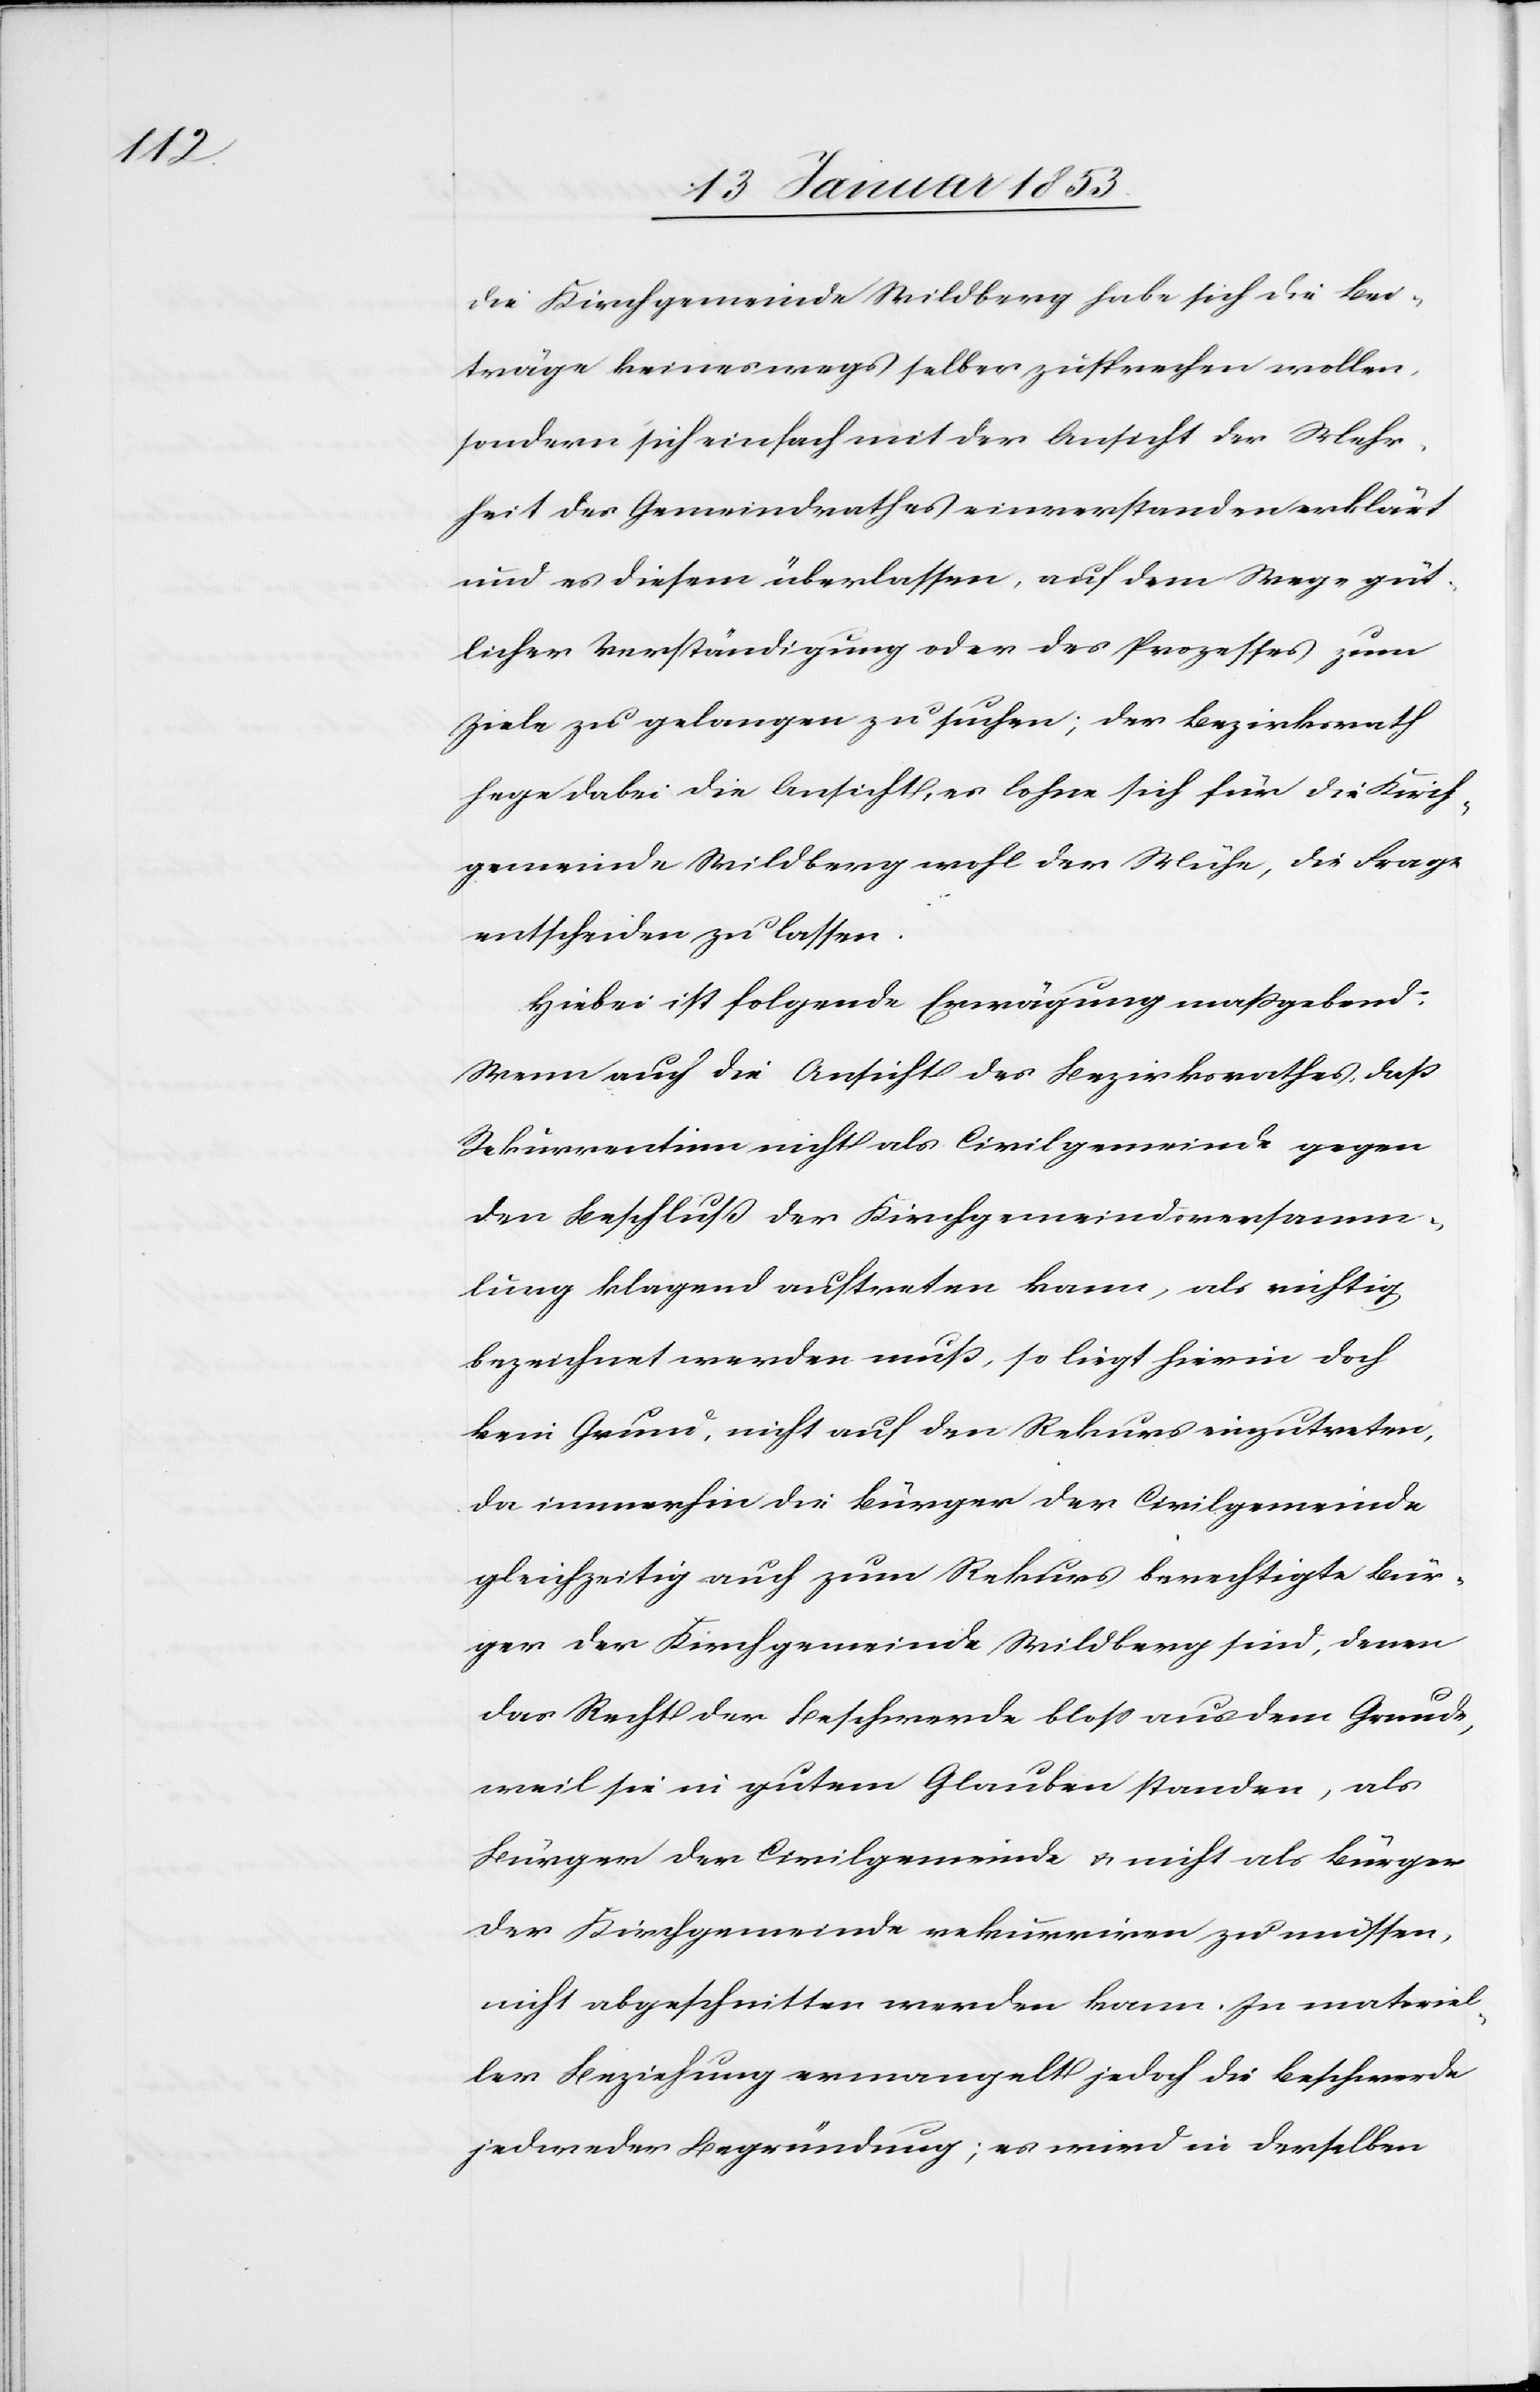
die Kirchgemeinde Wildberg habe sich die Bei¬
träge keineswegs selber zusprechen wollen,
sondern sich einfach mit der Ansicht der Mehr¬
heit des Gemeindrathes einverstanden erklärt
und es diesem überlassen, auf dem Wege güt¬
licher Verständigung oder des Prozesses zum
Ziele zu gelangen zu suchen; der Bezirksrath
hege dabei die Ansicht, es lohne sich für die Kirch¬
gemeinde Wildberg wohl der Mühe, die Frage
entscheiden zu lassen.
Hiebei ist folgende Erwägung maßgebend:
Wenn auch die Ansicht des Bezirksrathes, daß
Rekurrentinn nicht als Civilgemeinde gegen
den Beschluß der Kirchgemeindeversamm¬
lung klagend auftreten kann, als richtig
bezeichnet werden muß, so liegt hierin doch
kein Grund, nicht auf den Rekurs einzutreten,
da immerhin die Bürger der Civilgemeinde
gleichzeitig auch zum Rekurs berechtigte Bür¬
ger der Kirchgemeinde Wildberg sind, denen
das Recht der Beschwerde bloß aus dem Grunde,
weil sie in gutem Glauben standen, als
Bürger der Civilgemeinde u. nicht als Bürger
der Kirchgemeinde rekurriren zu müssen,
nicht abgeschnitten werden kann. In materiel¬
ler Beziehung ermangelt jedoch die Beschwerde
jedweder Begründung; es wird in derselben